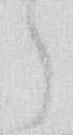
う